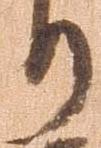
り